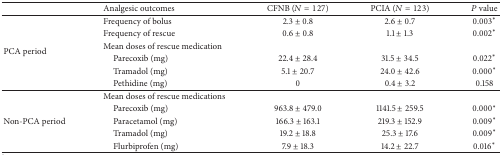
<table><thead><tr><td><b> </b></td><td><b>Analgesic outcomes</b></td><td><b>CFNB (<i>N</i> = 127)</b></td><td><b>PCIA (<i>N</i> = 123)</b></td><td><b><i>P</i> value</b></td></tr></thead><tbody><tr><td rowspan="6">PCA period</td><td>Frequency of bolus</td><td>2.3 ± 0.8</td><td>2.6 ± 0.7</td><td>0.003∗</td></tr><tr><td>Frequency of rescue</td><td>0.6 ± 0.8</td><td>1.1 ± 1.3</td><td>0.002∗</td></tr><tr><td>Mean doses of rescue medication</td><td> </td><td> </td><td> </td></tr><tr><td> Parecoxib (mg)</td><td>22.4 ± 28.4</td><td>31.5 ± 34.5</td><td>0.022∗</td></tr><tr><td> Tramadol (mg)</td><td>5.1 ± 20.7</td><td>24.0 ± 42.6</td><td>0.000∗</td></tr><tr><td> Pethidine (mg)</td><td>0</td><td>0.4 ± 3.2</td><td>0.158</td></tr><tr><td> </td><td>Mean doses of rescue medications</td><td> </td><td> </td><td> </td></tr><tr><td> </td><td> Parecoxib (mg)</td><td>963.8 ± 479.0</td><td>1141.5 ± 259.5</td><td>0.000∗</td></tr><tr><td>Non-PCA period</td><td> Paracetamol (mg)</td><td>166.3 ± 163.1</td><td>219.3 ± 152.9</td><td>0.009∗</td></tr><tr><td> </td><td> Tramadol (mg)</td><td>19.2 ± 18.8</td><td>25.3 ± 17.6</td><td>0.009∗</td></tr><tr><td> </td><td> Flurbiprofen (mg)</td><td>7.9 ± 18.3</td><td>14.2 ± 22.7</td><td>0.016∗</td></tr></tbody></table>